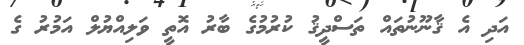
އަދި އެ ޤާނޫނުތައް ތަސްދީޤު ކުރުމުގެ ބާރު އޮތީ ވަލިއްޔުލް އަމުރު ގެ